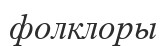
фолклоры